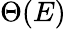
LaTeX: \Theta(E)